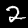
Label: 2